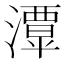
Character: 𤁎